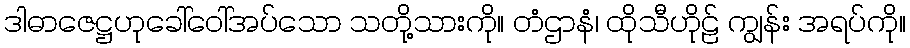
ဒါဓာဇေဋ္ဌဟုခေါ်ဝေါ်အပ်သော သတို့သားကို။ တံဌာနံ၊ ထိုသီဟိုဠ် ကျွန်း အရပ်ကို။